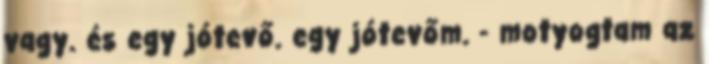
vagy. és egy jótevő. egy jótevőm. - motyogtam az